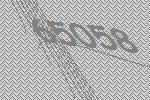
65058